Sanitation, dispensaries and jails vaccination Rajputana 1922-1927 - 1922-1927
Year: 1922
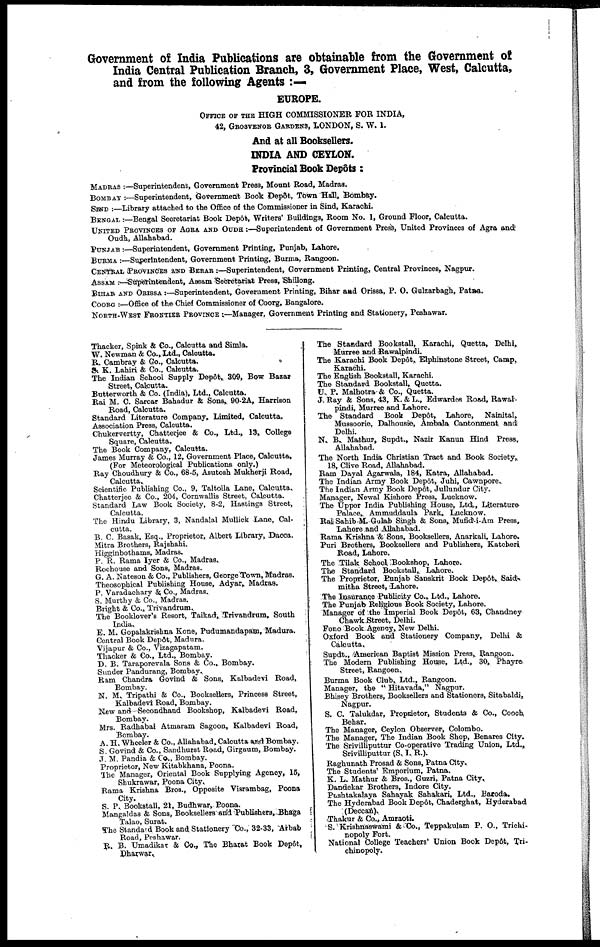
Government of India Publications are obtainable from the Government of
India Central Publication Branch, 3, Government Place, West, Calcutta,
and from the following Agents :—
EUROPE.
OFFICE OF THE HIGH COMMISSIONER FOR INDIA,
42, GROSVENOR GARDENS, LONDON, S. W. I.
And at all Booksellers.
INDIA AND CEYLON.
Provincial Book Depôts :
MADRAS :—Superintendent, Government Press, Mount Road, Madras.
BOMBAY :—Superintendent, Government Book Depôt, Town Hall, Bombay.
SIND :—Library attached to the Office of the Commissioner in Sind, Karachi.
BENGAL :—Bengal Secretariat Book Depôt, Writers' Buildings, Room No. 1, Ground Floor, Calcutta.
UNITED PROVINCES OF AGRA AND OUDH :—Superintendent of Government Press, United Provinces of Agra and
Oudh, Allahabad.
PUNJAB :—Superintendent, Government Printing, Punjab, Lahore.
BURMA :—Superintendent, Government Printing, Burma, Rangoon.
CENTRAL PROVINCES AND BERAR :—Superintendent, Government Printing, Central Provinces, Nagpur.
ASSAM :—Superintendent, Assam Secretariat Press, Shillong.
BIHAR AND ORISSA :—Superintendent, Government Printing, Bihar and Orissa, P. O. Gulzarbagh, Patna.
COORG :—Office of the Chief Commissioner of Coorg, Bangalore.
NORTH-WEST FRONTIER PROVINCE :—Manager, Government Printing and Stationery, Peshawar.
Thacker, Spink & Co., Calcutta and Simla.
W. Newman & Co., Ltd., Calcutta.
R. Cambray & Co., Calcutta.
S. K. Lahiri & Co., Calcutta.
The Indian School Supply Depôt. 309, Bow Basar
Street, Calcutta.
Butterworth & Co. (India), Ltd., Calcutta.
Rai M. C. Sarcar Bahadur & Sons, 90-2A, Harrison
Road, Calcutta.
Standard Literature Company, Limited, Calcutta.
Association Press, Calcutta.
Chukervertty, Chatterjee & Co., Ltd., 13, College
Square, Calcutta.
The Book Company, Calcutta.
James Murray & Co., 12, Government Place, Calcutta.
(For Meteorological Publications only.)
Ray Choudhury & Co., 68-5, Asutosh Mukherji Road,
Calcutta.
Scientific Publishing Co., 9, Taltolla Lane, Calcutta.
Chatterjee & Co., 204, Cornwallis Street, Calcutta.
Standard Law Book Society, 8-2, Hastings Street,
Calcutta.
The Hindu Library, 3, Nandalal Mullick Lane, Cal-
cutta.
B. C. Basak, Esq., Proprietor, Albert Library, Dacca.
Mitra Brothers, Rajshahi.
Hiigginbothams, Madras.
P. R. Rama Iyer & Co., Madras.
Rochouse and Sons, Madras.
G. A. Nateson & Co., Publishers, George Town, Madras.
Theosophical Publishing House, Adyar, Madras.
P. Varadachary & Co., Madras.
S. Murthy & Co., Madras.
Bright & Co., Trivandrum.
The Booklover's Resort, Taikad, Trivandrum, South
India.
E. M. Gopalakrishna Kone, Pudumandapam, Madura.
Central Book Depôt, Madura.
Vijapur & Co., Vizagapatam.
Thacker & Co., Ltd., Bombay.
D. B. Taraporevala Sons & Co., Bombay.
Sunder Pandurang, Bombay.
Ram Chandra Govind & Sons, Kalbadevi Road,
Bombay.
N. M. Tripathi & Co., Booksellers, Princess Street,
Kalbadevi Road, Bombay.
New and Secondhand Bookshop, Kalbadevi Road,
Bombay.
Mrs. Radhabai Atmaram Sagoon, Kalbadevi Road,
Bombay.
A. H. Wheeler & Co., Allahabad, Calcutta and Bombay.
S. Govind & Co., Sandhurst Road, Girgaum, Bombay.
J. M. Pandia & Co., Bombay.
Proprietor, New Kitabkhana, Poona.
The Manager, Oriental Book Supplying Agency, 15,
Shukrawar, Poona City.
Rama Krishna Bros., Opposite Visrambag, Poona
City.
S. P. Bookstall, 21, Budhwar, Poona.
Mangaldas & Sons, Booksellers and Publishers, Bhaga
Talao, Surat.
The Standard Book and Stationery Co., 32-33, Arbab
Road, Peshawar.
R. B. Umadikar & Co., The Bharat Book Depôt,
Dharwar.
The Standard Bookstall, Karachi, Quetta, Delhi.
Murree and Rawalpindi.
The Karachi Book Depôt, Elphinstone Street, Camp,
Karachi.
The English Bookstall, Karachi.
The Standard Bookstall, Quetta.
U. P. Malhotra & Co., Quetta.
J. Ray & Sons, 43, K. & L., Edwardes Road, Rawal-
pindi, Murree and Lahore.
The Standard
Book Depôt, Lahore,
Nainital,
Mussoorie, Dalhousie, Ambala Cantonment and
Delhi.
N. B. Mathur, Supdt., Nazir Kanun Hind Press,
Allahabad.
The North India Christian Tract and Book Society,
18, Clive Road, Allahabad.
Ram Dayal Agarwala, 184, Katra, Allahabad.
The Indian Army Book Depôt, Juhi, Cawnpore.
The Indian Army Book Depôt, Jullundur City.
Manager, Newal Kishore Press, Lucknow.
The Upper India Publishing House, Ltd ., Literature
Palace Ammuddaula Park, Lucknow.
Rai Sahib M.Gulab Singh & Sons, Mufid-i-Am Press,
Lahore and Allahabad.
Rama Krishna & Sons, Booksellers, Anarkali, Lahore.
Puri Brothers, Booksellers and Publishers, Katcheri
Road, Lahore.
The Tilak School Bookshop, Lahore.
The Standard Bookstall, Lahore.
The Proprietor, Punjab Sanskrit Book Depôt, Saids
mitha Street, Lahore.
The Insurance Publicity Co., Ltd., Lahore.
The Punjab Religious Book Society, Lahore.
Manager of the Imperial Book Depôt, 63, Chandney
Chawk Street, Delhi.
Fono Book Agency, New Delhi.
Oxford Book and Stationery Company, Delhi &
Calcutta.
Supdt., American Baptist Mission Press, Rangoon.
The Modern Publishing House, Ltd., 30, Phayre
Street, Rangoon.
Burma Book Club, Ltd., Rangoon.
Manager, the " Hitavada," Nagpur.
Bhisey Brothers, Booksellers and Stationers, Sitabaldi,
Nagpur.
S. C. Talukdar, Proprietor, Students & Co., Cooch,
Behar.
The Manager, Ceylon Observer, Colombo.
The Manager, The Indian Book Shop, Benares City.
The Srivilliputtur Co-operative Trading Union, Ltd.,
Srivilliputtur (S. I. R.).
Raghunath Prosad & Sons, Patna City.
The Students' Emporium, Patna.
K. L. Mathur & Bros., Guzri, Patna City.
Dandekar Brothers, Indore City.
Pushtakalaya Sahayak Sahakari, Ltd., Baroda.
The Hyderabad Book Depôt, Chaderghat, Hyderabad
(Deccan).
Thakur & Co., Amraoti.
S. Krishnaswami & Co., Teppakulam P. O., Trichi¬
nopoly Fort.
National College Teachers' Union Book Depôt, Tri¬
chinopoly.